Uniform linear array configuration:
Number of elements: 32
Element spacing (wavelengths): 1
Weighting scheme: hann
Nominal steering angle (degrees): -45
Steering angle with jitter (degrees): -44.175
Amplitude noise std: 0.05
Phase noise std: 0.05

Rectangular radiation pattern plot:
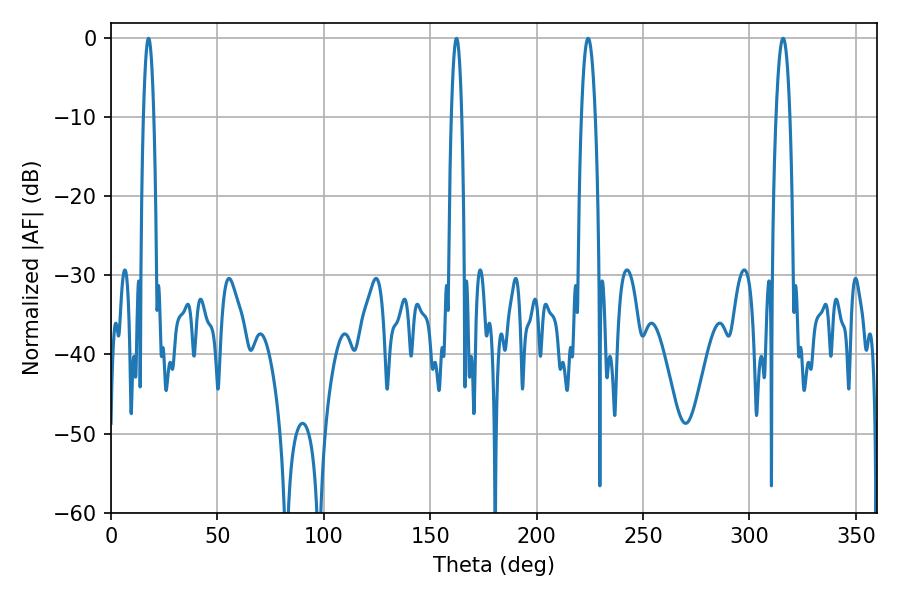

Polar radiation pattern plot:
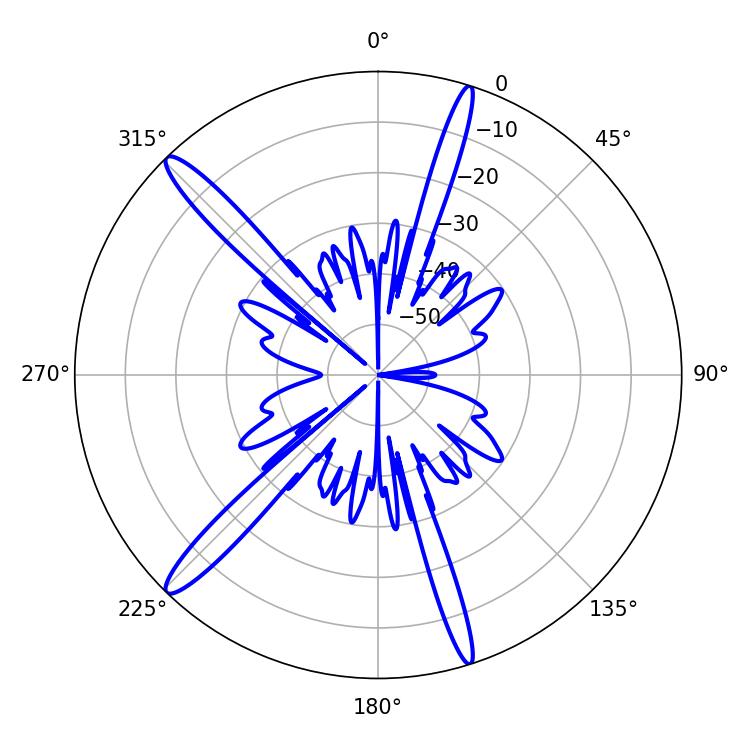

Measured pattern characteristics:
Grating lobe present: TRUE
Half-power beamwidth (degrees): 2.52
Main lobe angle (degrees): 162.36